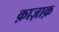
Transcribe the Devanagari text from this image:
क़ाज़ाक़